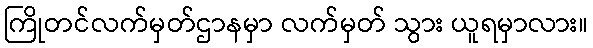
ကြိုတင်လက်မှတ်ဌာနမှာ လက်မှတ် သွား ယူရမှာလား။